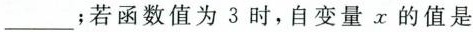
___；若函数值为3时，自变量x的值是